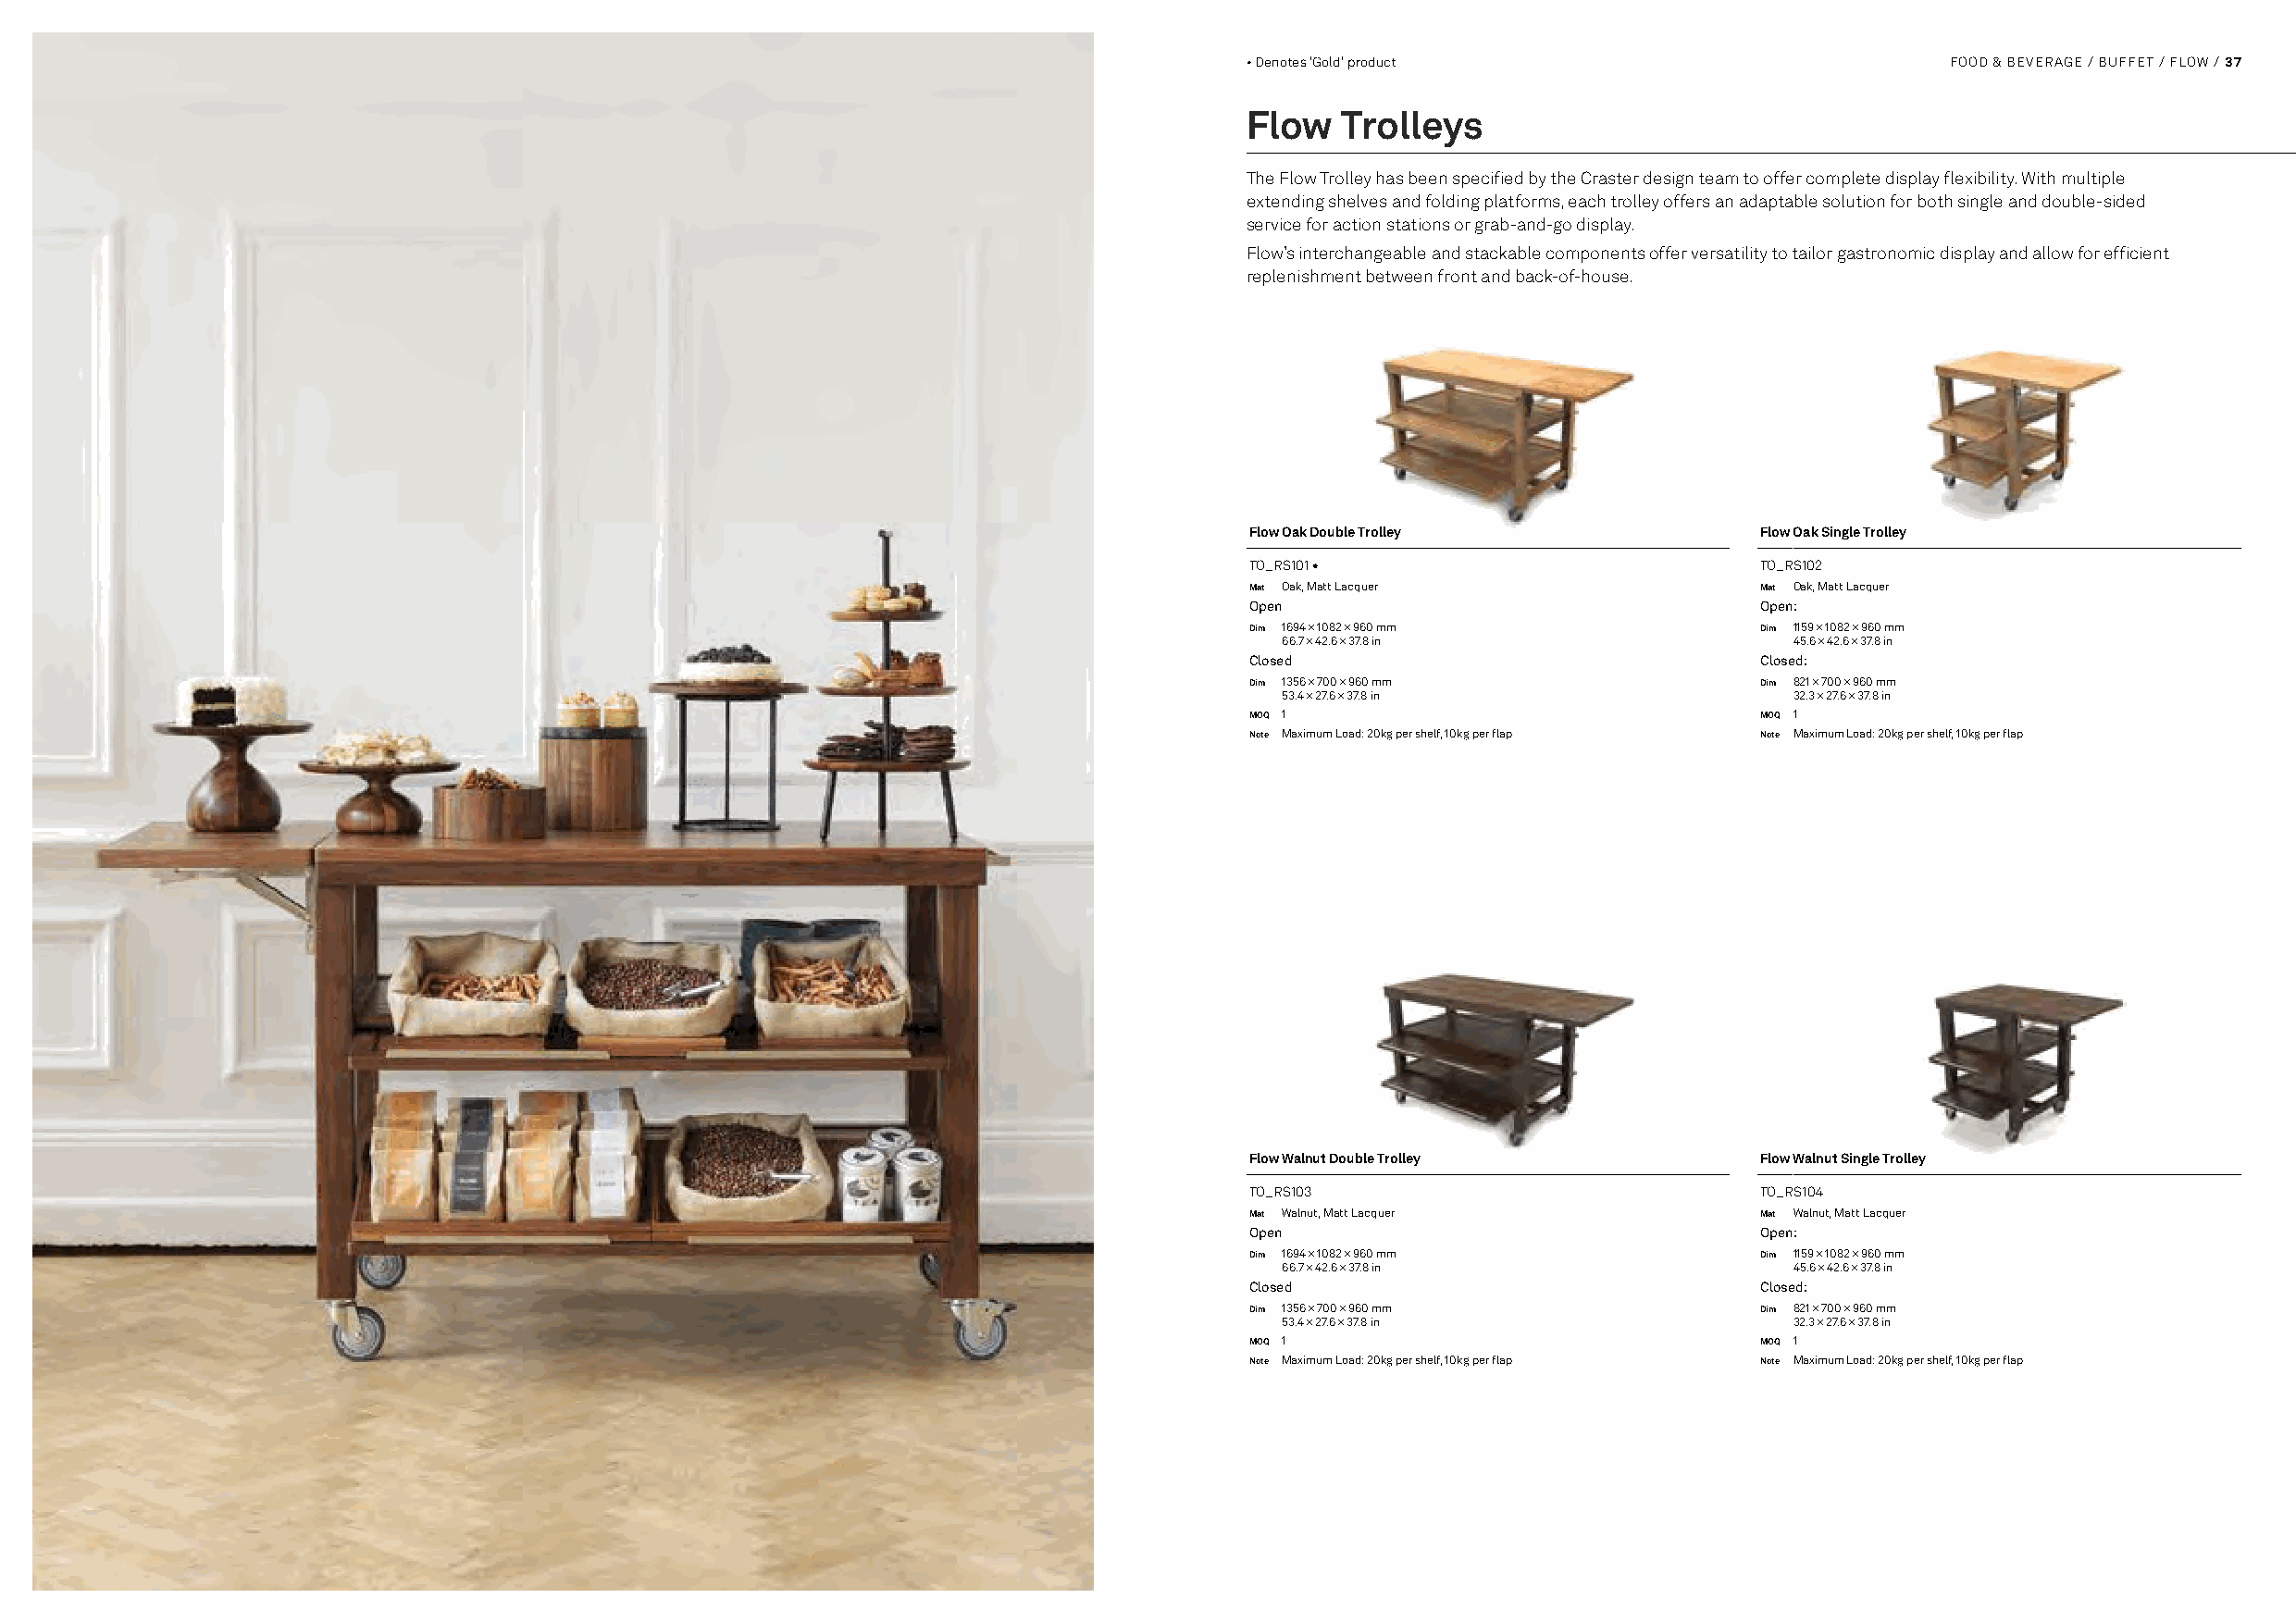
• Denotes 'Gold' product                          FOOD & BEVERAGE / BUFFET / FLOW / 37
 Flow   Trolleys
 The Flow Trolley has been specified by the Craster design team to offer complete display flexibility. With multiple
 extending shelves and folding platforms, each trolley offers an adaptable solution for both single and double-sided
 service for action stations or grab-and-go display.
 Flow’s interchangeable and stackable components offer versatility to tailor gastronomic display and allow for efficient
 replenishment between front and back-of-house.
 Flow Oak Double Trolley              Flow Oak Single Trolley
 TO_RS101 •                           TO_RS102
 Mat Oak, Matt Lacquer                Mat Oak, Matt Lacquer
 Open                                 Open:
 Dim 1694 × 1082 × 960 mm             Dim 1159 × 1082 × 960 mm
 66.7 × 42.6 × 37.8 in               45.6 × 42.6 × 37.8 in
 Closed                               Closed:
 Dim 1356 × 700 × 960 mm              Dim 821 × 700 × 960 mm
 53.4 × 27.6 × 37.8 in               32.3 × 27.6 × 37.8 in
 MOQ 1                                MOQ 1
 Note Maximum Load: 20kg per shelf, 10kg per flap Note Maximum Load: 20kg per shelf, 10kg per flap
 Flow Walnut Double Trolley           Flow Walnut Single Trolley
 TO_RS103                             TO_RS104
 Mat Walnut, Matt Lacquer             Mat Walnut, Matt Lacquer
 Open                                 Open:
 Dim 1694 × 1082 × 960 mm             Dim 1159 × 1082 × 960 mm
 66.7 × 42.6 × 37.8 in               45.6 × 42.6 × 37.8 in
 Closed                               Closed:
 Dim 1356 × 700 × 960 mm              Dim 821 × 700 × 960 mm
 53.4 × 27.6 × 37.8 in               32.3 × 27.6 × 37.8 in
 MOQ 1                                MOQ 1
 Note Maximum Load: 20kg per shelf, 10kg per flap Note Maximum Load: 20kg per shelf, 10kg per flap